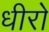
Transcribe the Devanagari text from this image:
धीरो